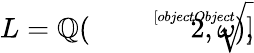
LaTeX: L=\mathbb{Q}({\sqrt[[objectObject]]{2}},\omega),